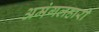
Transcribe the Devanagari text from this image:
अमंगलहारी